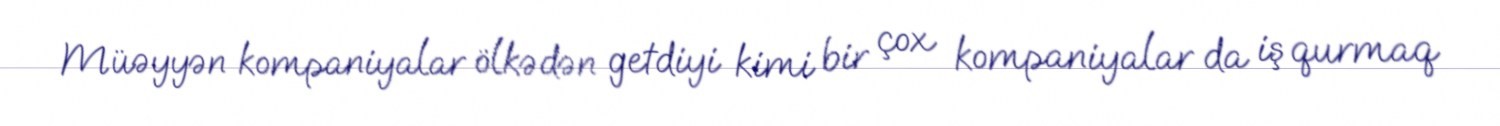
Müəyyən kompaniyalar ölkədən getdiyi kimi bir çox kompaniyalar da iş qurmaq